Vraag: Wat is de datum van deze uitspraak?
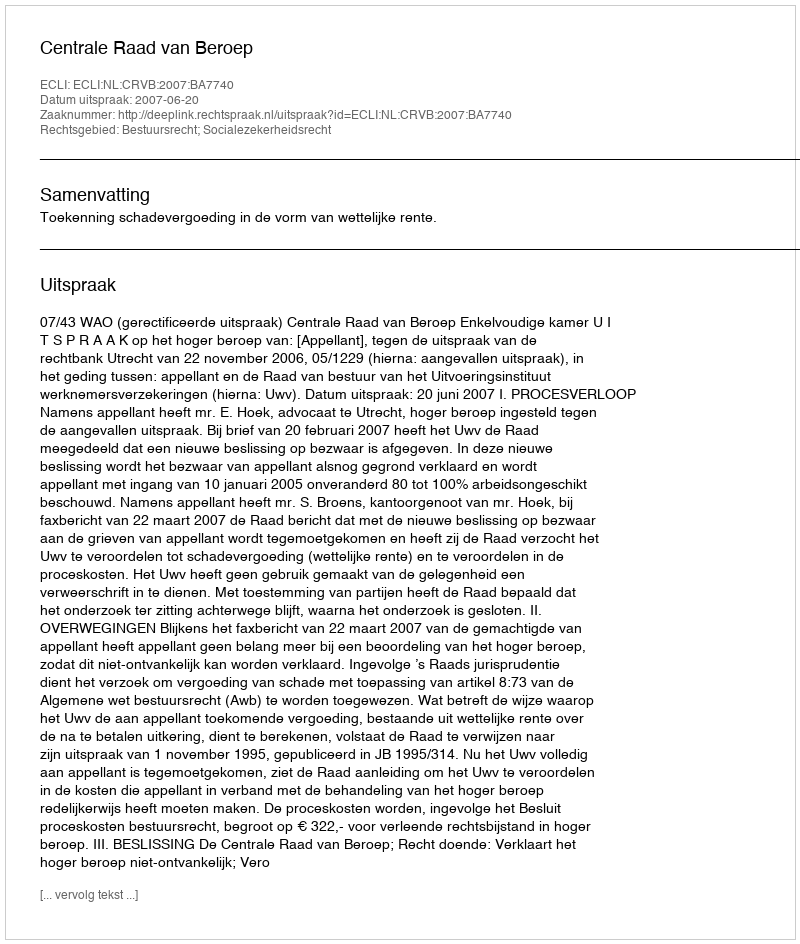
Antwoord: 2007-06-20